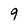
Character: 9